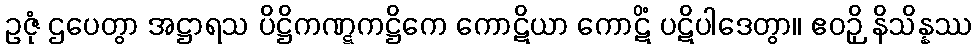
ဥဇုံ ဌပေတွာ အဋ္ဌာရသ ပိဋ္ဌိကဏ္ဋကဋ္ဌိကေ ကောဋိယာ ကောဋိံ ပဋိပါဒေတွာ။ ဧဝဉှိ နိသိန္နဿ